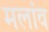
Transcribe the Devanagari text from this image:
मलांव